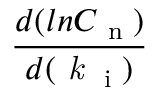
\frac { d ( l n C \textsubscript { n } ) } { d ( \emph { k } \textsubscript { i } ) }